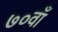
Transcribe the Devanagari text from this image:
७०वाँ